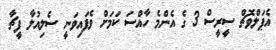
އެޕަލްވޮޗް ސީރީސް 3 ގެ އެންމެ ހާއްސަ ކަމަށް ވެފައިވަނީ ސެލިއުލާ ފީޗާ